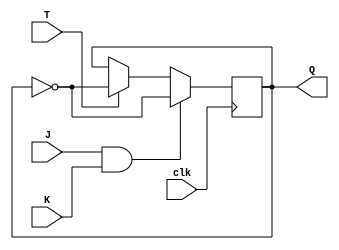
module T_FFJK (
    input wire T, // T input
    input wire J, // J input
    input wire K, // K input
    input wire clk, // Clock input
    output reg Q // Flip-flop output
);

always @(posedge clk) begin
    if (J & K) begin
        Q <= ~Q;
    end else if (T) begin
        Q <= ~Q;
    end
end

endmodule